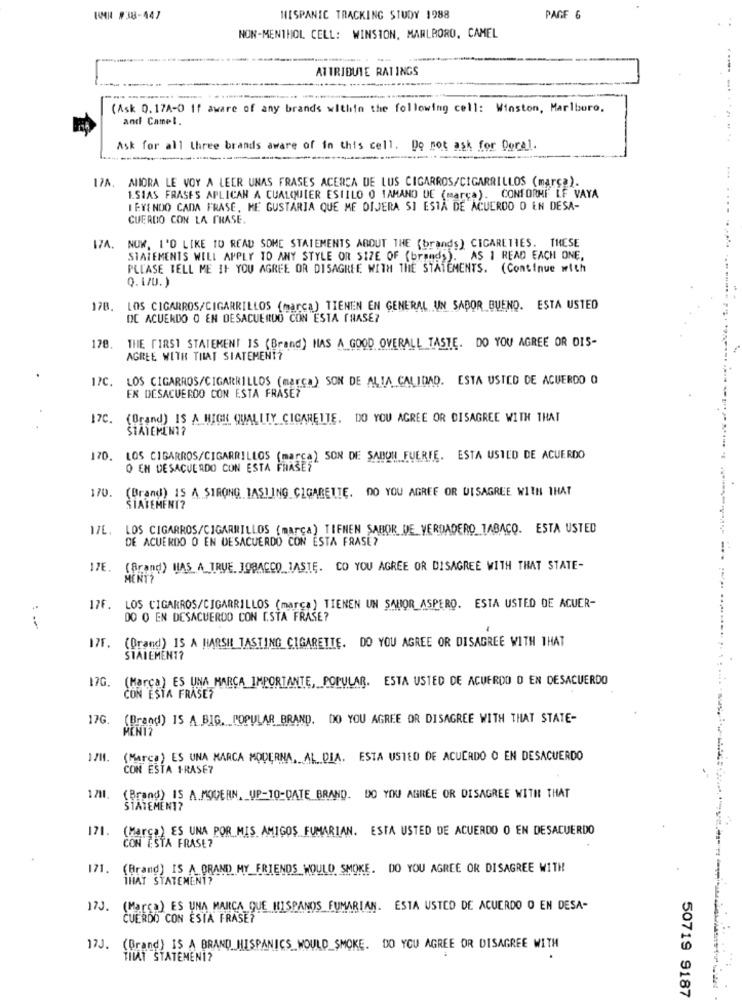
KMR #38-447
HISPANIC TRACKING STUDY 1988
PAGE 6
NON-MENTHOL CELL: WINSTON, MARLBORO, CAMEL
ATTRIBUTE RATINGS
-
--- -
(Ask Q.17A-D If aware of any brands within the following cell: Winston, Marlboro.
and Camel.
Ask for all three brands aware of in this cell. Do not ask for Doral.
12A
MIORA LE VOY A LEER UNAS FRASES ACERCA DE LUS CIGARROS/CIGARRILLOS (marca).
1.SIAS FRASES APLICAN A CUALQUIER ESTILO O TAMANO UE (marca). CONFORME LF VAYA
I EYENDO CADA FRASE, ME GUSTARIA QUE ME DIJERA SI ESTA DE ACUERDO O EN DESA-
CUERDO CON LA FRASE.
17A. NOW, I'D LIKE TO READ SOME STATEMENTS ABOUT THE (brands) CIGARETTES. THESE
STATEMENTS WILL APPLY TO ANY STYLE OR SIZE OF (brands). AS 1 READ EACH ONE,
PLEASE TELL ME IF YOU AGREE OR DISAGREE WITH THE STATEMENTS. (Continue with
Q. 1/U. )
17B. LOS CIGARROS/CIGARRILLOS (marca) TIENEN EN GENERAL UN SABOR BUENO. ESTA USTED
DE ACUERDO O EN DESACUERDO CON ESTA FRASE?
178. THE FIRST STATEMENT IS (Brand) HAS A GOOD OVERALL TASTE. DO YOU AGREE OR DIS-
AGREE WITH THAT SIATEMENT?
1/C. LOS CIGARROS/CIGARRILLOS (marca) SON DE ALTA CALIDAD. ESTA USTED DE ACUERDO O
EN DESACUERDO CON ESTA FRASE?
17C. (Brand) IS A HIGH QUALITY CIGARETTE. DO YOU AGREE OR DISAGREE WITH THAT
STATEMENT?
170. LOS CIGARROS/CIGARRILLOS (marca) SON DE SABOR FUERTE. ESTA USTED DE ACUERDO
O EN DESACUERDO CON ESTA FRASE?
170. (Brand) IS A STRONG LASTING CIGARETTE. DO YOU AGREE OR WISAGREE WITH THAT
STATEMENT?
LOS CIGARROS/CIGARRILLOS (marca) TIFNEN SABOR DE VERDADERO TABACO. ESTA USTED
DE ACUERDO O EN DESACUERDO CON ESTA FRASE?
17E.
(Brand) HAS A TRUE. JOBACCO TASTE. CO YOU AGREE OR DISAGREE WITH THAT STATE-
176.
LOS CIGARROS/CIGARRILLOS (marca) TIENEN UN SABOR ASPERO. ESTA USTED DE ACUER-
DO O EN DESACUERDO CON ESTA FRASE?
(Brand) IS A HARSH TASTING CIGARETTE. DO YOU AGREE OR DISAGREE WITH THAT
175.
STATEMENT?
17G.
(Marca) ES UNA MARCA IMPORTANTE, POPULAR. ESTA USTED DE ACUERDO O EN DESACUERDO
CON ESTA FRASE?
17G.
(Brand) IS A BIG. POPULAR BRAND. DO YOU AGREE OR DISAGREE WITH THAT STATE-
1/11. (Marca) ES UNA MARCA MODERNA. AL DIA. ESTA USTED DE ACUERDO O EN DESACUERDO
CON ESTA FRASE?
1211.
(Brand) IS A.MODERN, UP-TO-DATE BRAND. DO YOU AGREE OR DISAGREE WITH THAT
STATEMENT?
171.
(Marca) ES UNA POR MIS AMIGOS FUMARIAN. ESTA USTED DE ACUERDO O EN DESACUERDO
CON ESTA FRASE?
171.
(Brand) IS A BRAND MY FRIENDS WOULD SMOKE. DO YOU AGREE OR DISAGREE WITH
THAT STATEMENT?
17J. (Marca) ES UNA MARCA QUE HISPANOS FUMARIAN. ESTA USTED DE ACUERDO O EN DESA-
CUERDO CON ESTA FRASE?
17J. (Brand) IS A BRAND HISPANICS WOULD_SMOKE. DO YOU AGREE OR DISAGREE WITH
THAT STATEMEN1?
50719 9187